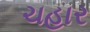
ચહાર